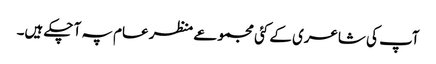
آپ کی شاعری کے کئی مجموعے منظر عام پہ آ چکے ہیں۔